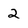
Character: 2